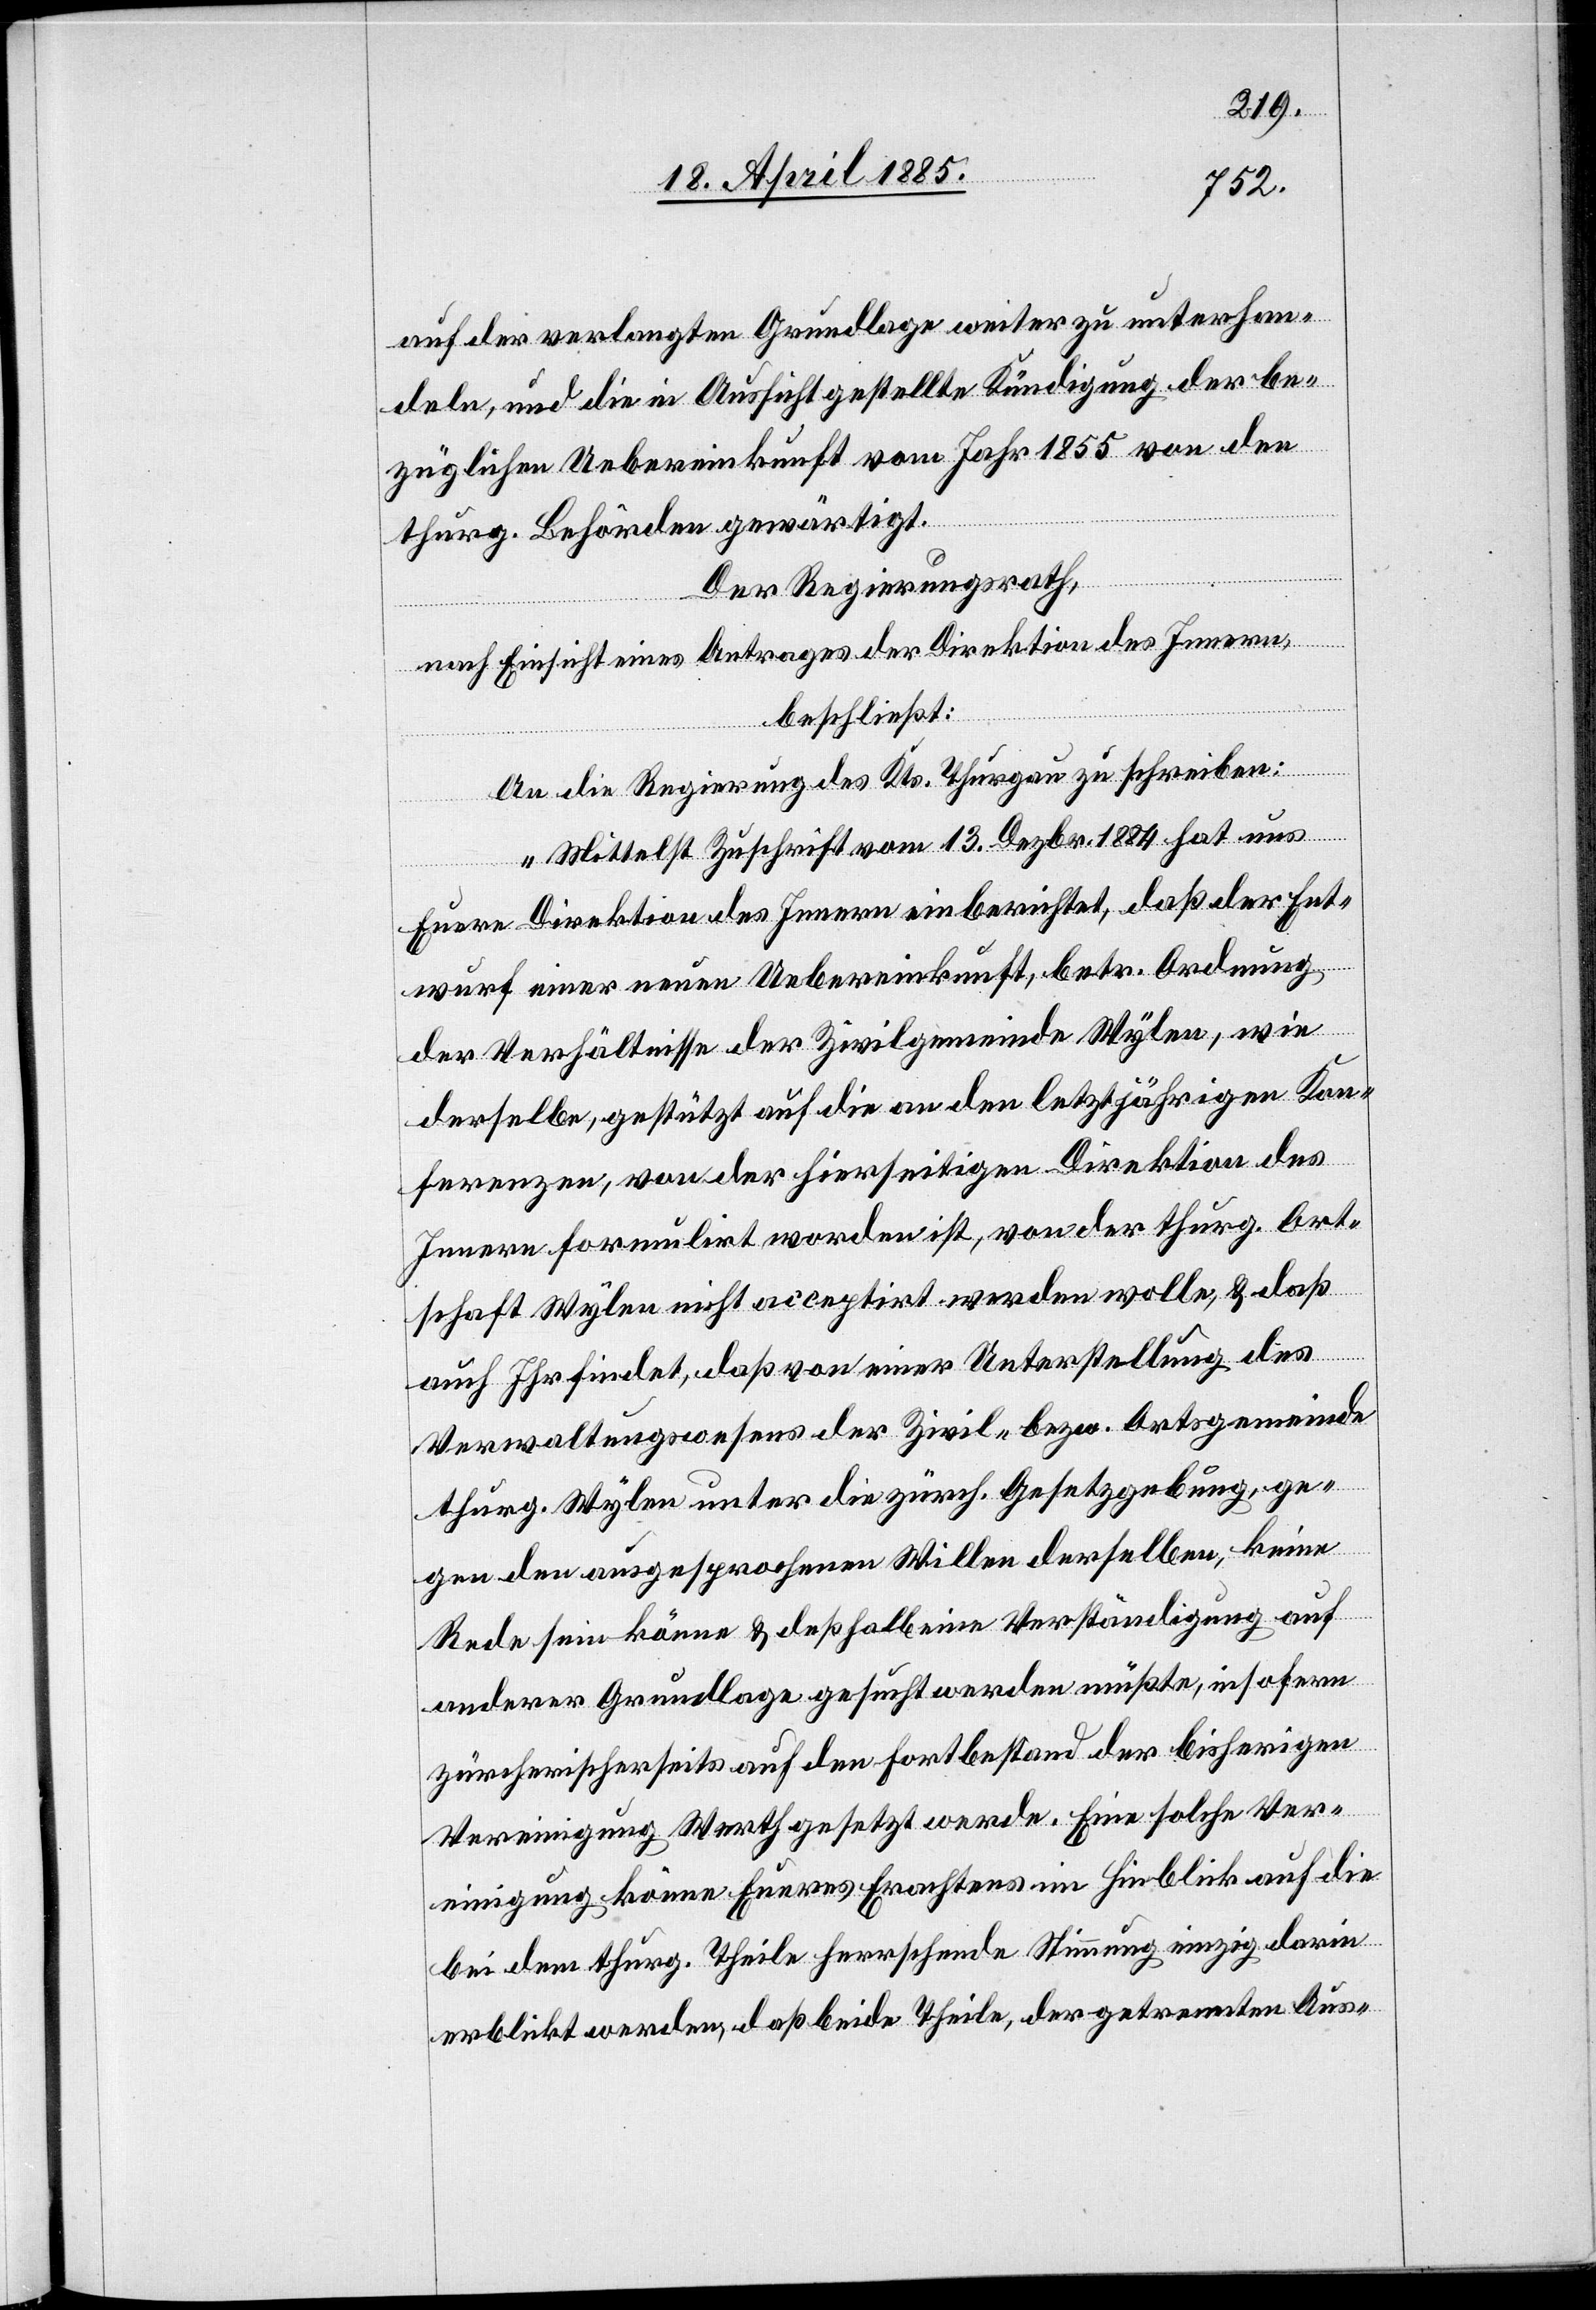
auf die verlangten Grundlage[n] weiter zu unterhan¬
deln, und die in Aussicht gestellte Kündigung der be¬
züglichen Uebereinkunft vom Jahr 1855 von der
thurg. Behörden gewärtigt.
Der Regierungsrath,
nach Einsicht eines Antrages der Direktion des Innern,
beschließt:
An die Regierung des Kts. Thurgau zu schreiben:
„Mittelst Zuschrift vom 13. Dezbr. 1884 hat uns
Euere Direktion des Innern einberichtet, daß der Ent¬
wurf einer neuen Uebereinkunft, betr. Ordnung
der Verhältnisse der Zivilgemeinde Wylen, wie
derselbe gestützt auf die an den letztjährigen Kon¬
ferenzen, von der hierseitigen Direktion des
Innern formulirt worden ist, von der thurg. Ort¬
schaft Wylen nicht acceptirt werden wolle, & daß
auch Ihr findet, daß von einer Unterstellung des
Verwaltungswesens der Zivil- bezw. Ortsgemeinde
thurg. Wylen unter die zürch. Gesetzgebung, ge¬
gen den ausgesprochenen Willen derselben, keine
Rede sein könne & deßhalb eine Verständigung auf
anderer Grundlage gesucht werden müßte, insofern
zürcherischerseits auf den Fortbestand der bisherigen
Vereinigung Werth gesetzt werde. Eine solche Ver¬
einigung könne Eueres Erachtens im Hinblick auf die
bei dem thurg. Theile herrschende Stimmung einzig darin
erblickt werden, daß beide Theile, der getrennten Aus-